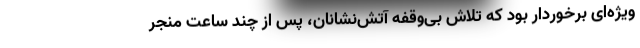
ویژه‌ای برخوردار بود که تلاش بی‌وقفه آتش‌نشانان، پس از چند ساعت منجر